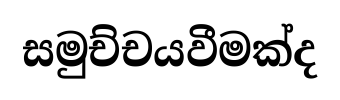
සමුච්චයවීමක්ද